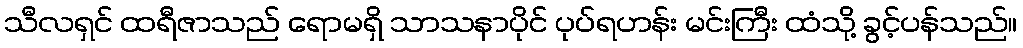
သီလရှင် ထရီဇာသည် ရောမရှိ သာသနာပိုင် ပုပ်ရဟန်း မင်းကြီး ထံသို့ ခွင့်ပန်သည်။